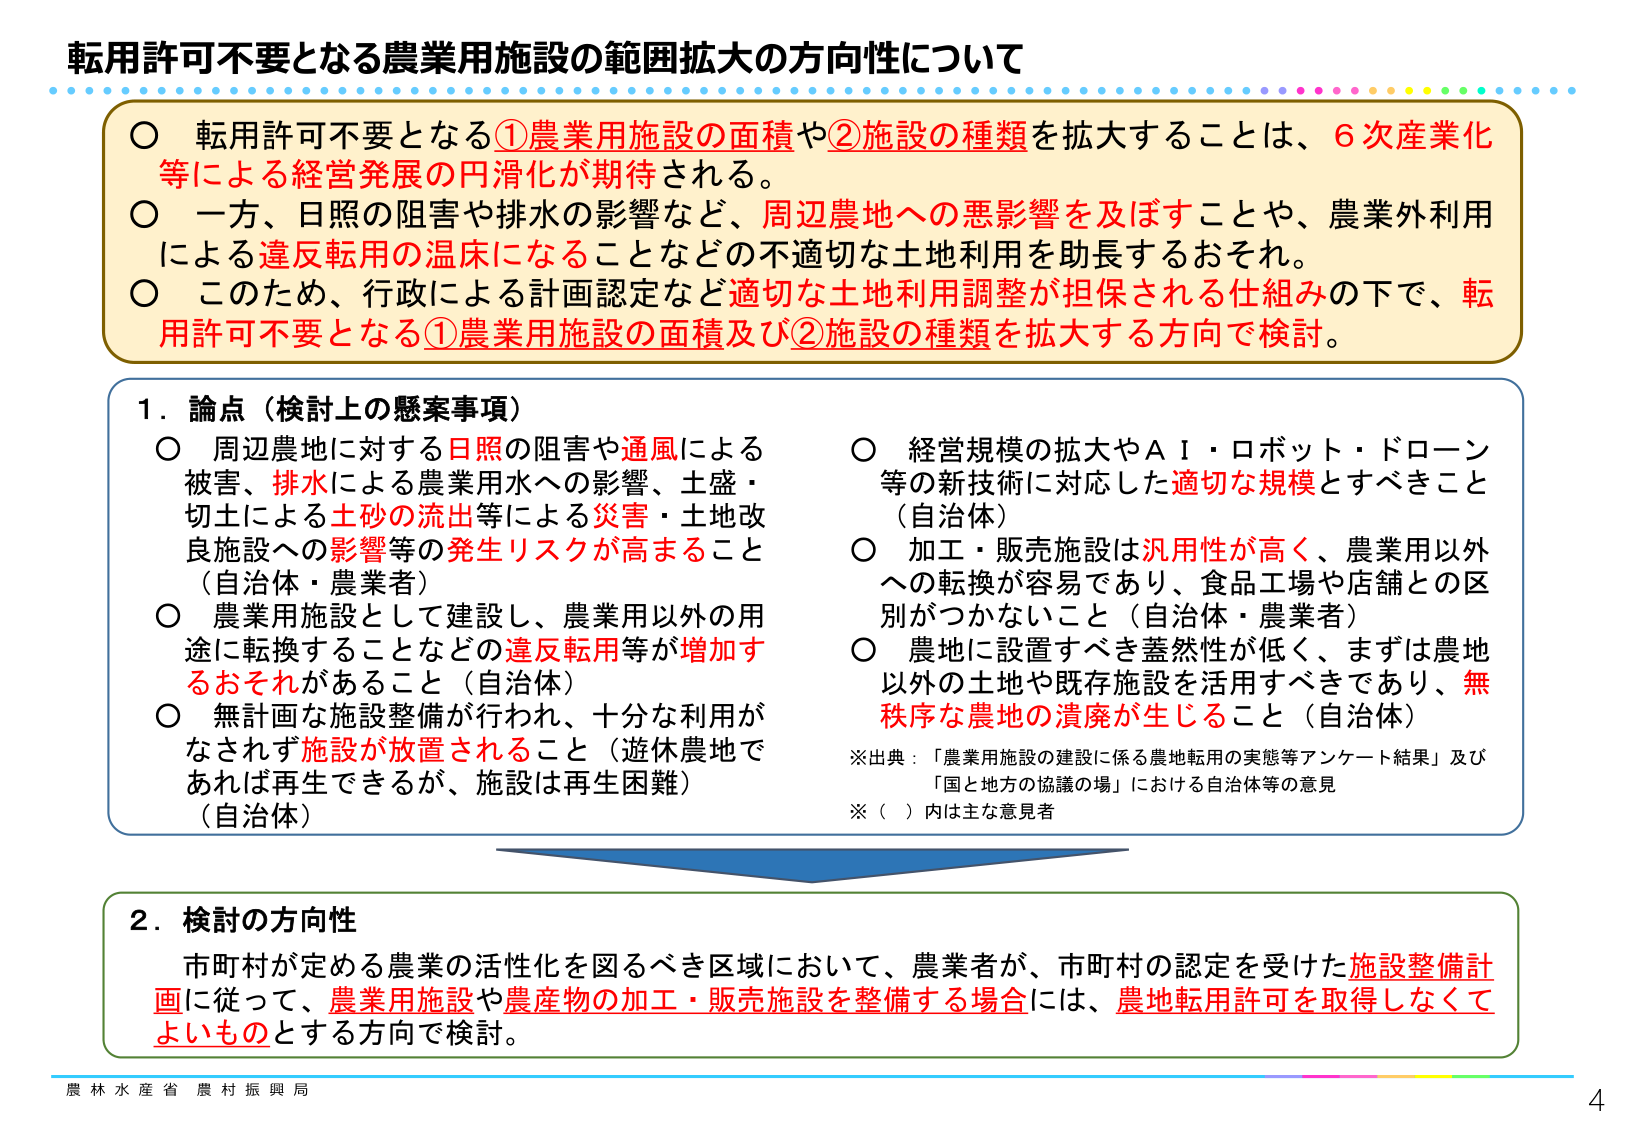
転用許可不要となる農業用施設の範囲拡大の方向性について

○ 転用許可不要となる①農業用施設の面積や②施設の種類を拡大することは、6次産業化等による経営発展の円滑化が期待される。
○ 一方、日照の阻害や排水の影響など、周辺農地への悪影響を及ぼすことや、農業外利用による違反転用の温床になることなどの不適切な土地利用を助長するおそれ。
○ このため、行政による計画認定など適切な土地利用調整が担保される仕組みの下で、転用許可不要となる①農業用施設の面積及び②施設の種類を拡大する方向で検討。

1．論点（検討上の懸案事項）
○ 周辺農地に対する日照の阻害や通風による被害、排水による農業用水への影響、土盛・切土による土砂の流出等による災害・土地改良施設への影響等の発生リスクが高まること（自治体・農業者）
○ 農業用施設として建設し、農業用以外の用途に転換することなどの違反転用等が増加するおそれがあること（自治体）
○ 無計画な施設整備が行われ、十分な利用がなされず施設が放置されること（遊休農地であれば再生できるが、施設は再生困難）（自治体）
○ 経営規模の拡大やAI・ロボット・ドローン等の新技術に対応した適切な規模とすべきこと（自治体）
○ 加工・販売施設は汎用性が高く、農業用以外への転換が容易であり、食品工場や店舗との区別がつかないこと（自治体・農業者）
○ 農地に設置すべき蓋然性が低く、まずは農地以外の土地や既存施設を活用すべきであり、無秩序な農地の潰廃が生じること（自治体）

※出典：「農業用施設の建設に係る農地転用の実態等アンケート結果」及び「国と地方の協議の場」における自治体等の意見
※（ ）内は主な意見者

2．検討の方向性
市町村が定める農業の活性化を図るべき区域において、農業者が、市町村の認定を受けた施設整備計画に従って、農業用施設や農産物の加工・販売施設を整備する場合には、農地転用許可を取得しなくてよいものとする方向で検討。

農林水産省 農村振興局
4